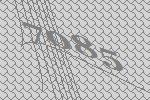
7085